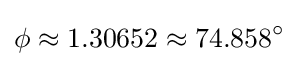
\phi \approx 1.30652\approx 74.858^{\circ }